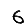
Digit: 6